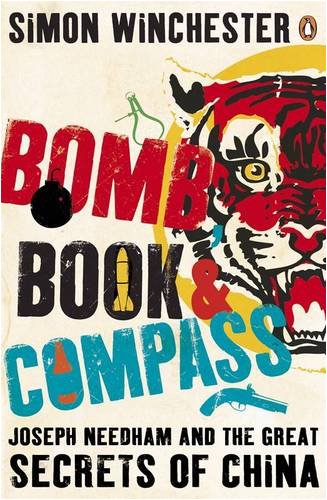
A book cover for Bomb, Book and Compass: Joseph Needham and the great secrets of China; Simon Winchester; Biographies & Memoirs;